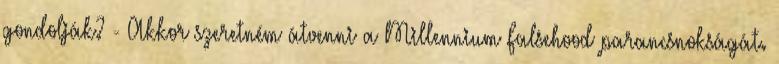
gondolják? - Akkor szeretném átvenni a Millennium Falsehood parancsnokságát.